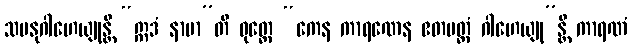
သမနုဂါဟေယျုန္တိ “ဣဒံ နာမာ”တိ ဝုတ္တေ “ကေန ကာရဏေန ဧတမတ္ထံ ဂါဟေယျု”န္တိ ကာရဏံ